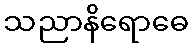
သညာနိရောဓေ